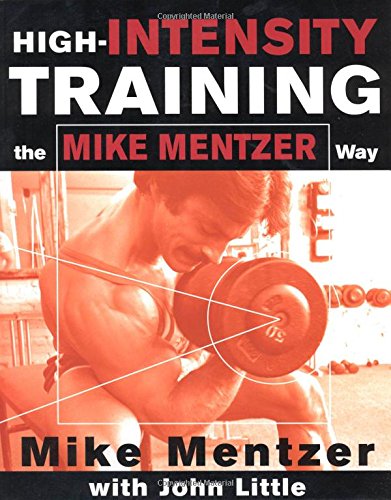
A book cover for High-Intensity Training the Mike Mentzer Way; Mike Mentzer; Health, Fitness & Dieting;